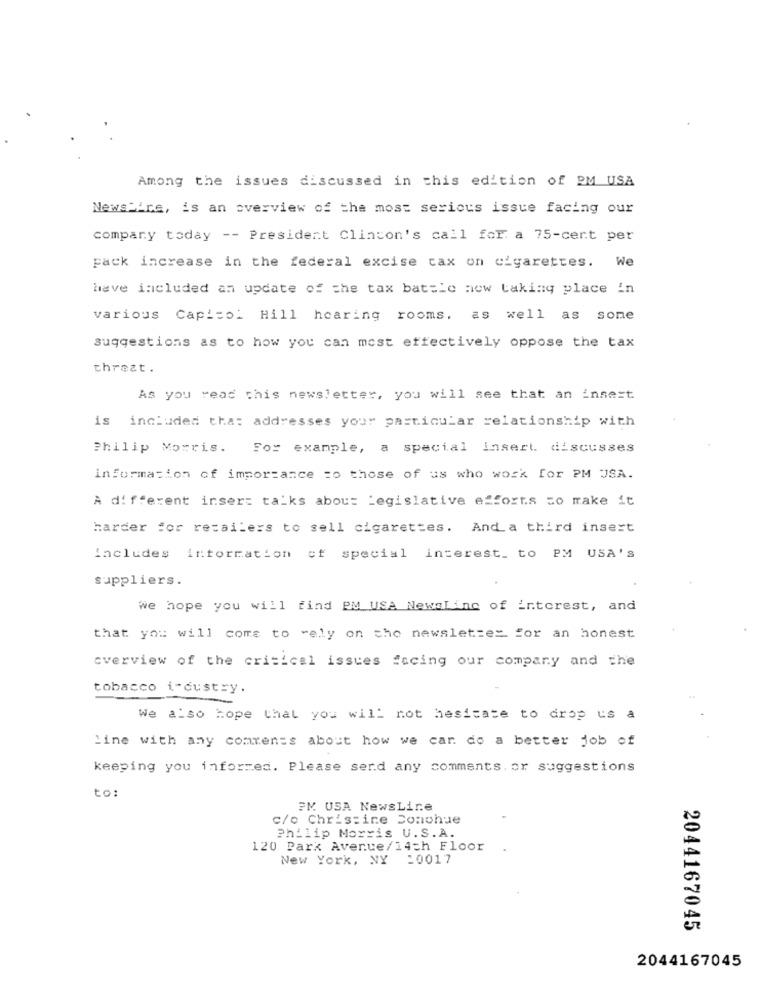
Among the issues discussed in this edition of EM USA
NewsWire, is an overview of the most serious issue facing our
company today -- President Clinton's call for a 75-cert per
pack increase in the federal excise tax on cigarettes. We
have included an update of the tax bat=Le now taking place in
various Capitol Hill hearing rooms, as well as some
suggestions as to how you can most effectively oppose the tax
threat.
As you read this newsletter, you will see that an insect
is included that addresses your particular relationship with
Philip Morris. For example, a special insert. discusses
information of importance zo those of us who work for PM USA.
A different insert talks about Legislative efforts to make it
harder for retailers to sell cigarettes. And a third insert
includes information of special interest. to PM USA'S
suppliers.
we hope you will find PM USA Newsling of interest, and
that you will come to rely on the newsletter for an honest
overview of the critical issues facing our company and the
tobacco i-dustry.
We also hope that you will not hesitate to drop us a
Line with any comments about how we car do a better job of
keeping you informed. Please send any comments. or suggestions
to :
PM USA NewsLine
c/o Christine Donohue
Philip Morris U.S.A.
120 Park Avenue/14th Floor
New York, NY 10017
2044167045
2044167045